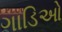
ગાડિઓ